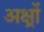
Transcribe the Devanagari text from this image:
अक्ष्रों